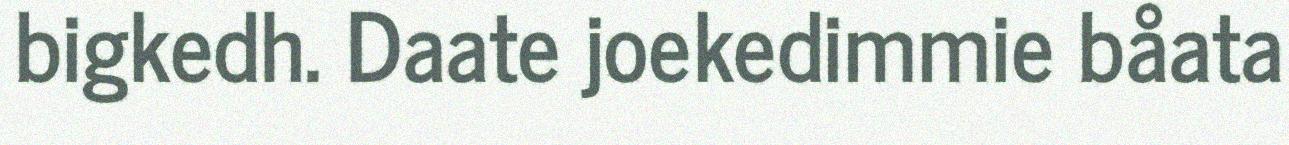
bigkedh. Daate joekedimmie båata